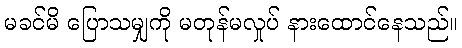
မခင်မိ ပြောသမျှကို မတုန်မလှုပ် နားထောင်နေသည်။